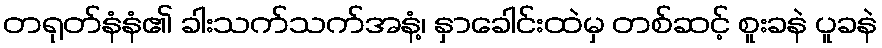
တရုတ်နံနံ၏ ခါးသက်သက်အနံ့၊ နှာခေါင်းထဲမှ တစ်ဆင့် စူးခနဲ ပူခနဲ